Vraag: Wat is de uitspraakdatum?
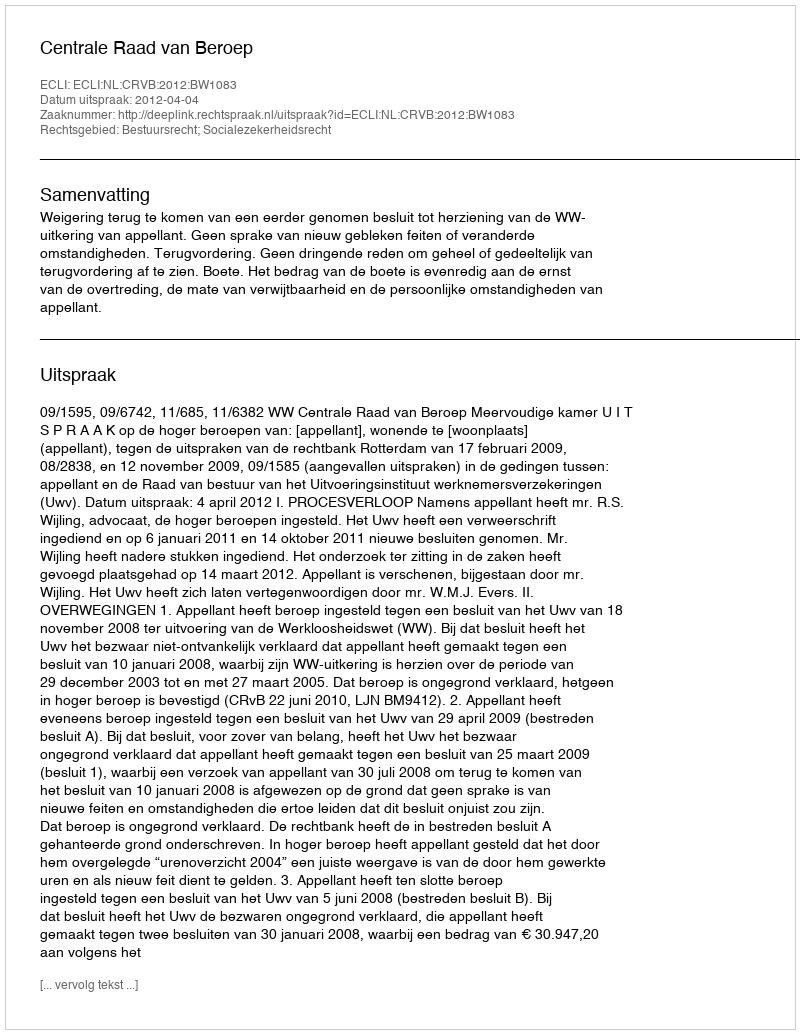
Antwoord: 2012-04-04